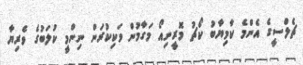
ޗެލްސީގެ އެންމެ ކާމިޔާބު ކޯޗު މޮރީނިއޯ މަގާމުން ވަކިކުރަން ނިންމީ ކުލަބުގެ ވެރިޔާ